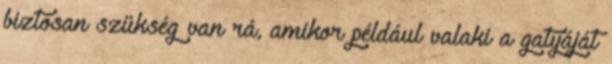
biztosan szükség van rá, amikor például valaki a gatyáját